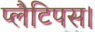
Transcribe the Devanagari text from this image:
प्लैटिपस।